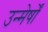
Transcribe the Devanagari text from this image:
उन्मेर्षों